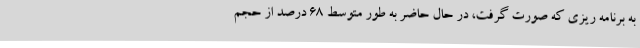
به برنامه ریزی که صورت گرفت، در حال حاضر به طور متوسط 68 درصد از حجم